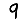
Digit: 9